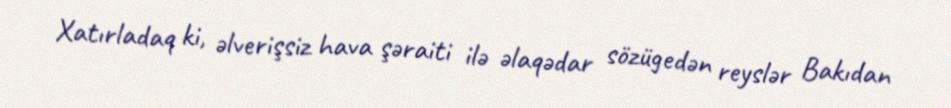
Xatırladaq ki, əlverişsiz hava şəraiti ilə əlaqədar sözügedən reyslər Bakıdan